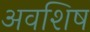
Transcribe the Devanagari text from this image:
अवशिष